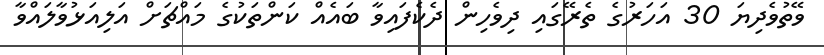
ވޭތުވެދިޔަ 30 އަހަރުގެ ތެރޭގައި ދިވެހިން ދެކެފައިވާ ބައެއް ކަންތަކުގެ މައްޗަށް އަލިއަޅުވާލައްވާ